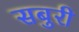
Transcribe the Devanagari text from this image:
सबुरी